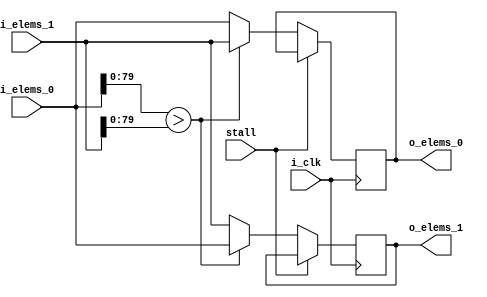
/* For 16-merger */

module CAS #(parameter DATA_WIDTH = 128,
	     parameter KEY_WIDTH  = 80) (input i_clk,
            input         stall,
            input [DATA_WIDTH-1:0]  i_elems_0,
            input [DATA_WIDTH-1:0]  i_elems_1,
            output reg [DATA_WIDTH-1:0] o_elems_0,
            output reg [DATA_WIDTH-1:0] o_elems_1);

   initial begin
      o_elems_0 <= 0;
      o_elems_1 <= 0;      
   end
   
   always @(posedge i_clk) begin
      if (~stall) begin
         if (i_elems_0[KEY_WIDTH-1:0] > i_elems_1[KEY_WIDTH-1:0]) begin
	        /* switch */
	        o_elems_1 <= i_elems_0;
            o_elems_0 <= i_elems_1;
         end
         else begin
	        /* stay */
	        o_elems_1 <= i_elems_1;      
            o_elems_0 <= i_elems_0;
         end              
      end 
   end  
endmodule
   

module BITONIC_NETWORK_32 #(parameter DATA_WIDTH = 128,
			    parameter KEY_WIDTH = 80) (input i_clk,
						       input 			      switch_output,
						       input 			      stall,
						       input [16*DATA_WIDTH-1:0]      top_tuple,
						       input [16*DATA_WIDTH-1:0]      i_elems_0,
						       input [16*DATA_WIDTH-1:0]      i_elems_1, 
						       output [16*DATA_WIDTH-1:0]     o_elems_0,
						       output [16*DATA_WIDTH-1:0]     o_elems_1,
						       output reg 		      o_switch_output,
						       output reg 		      o_stall,
						       output reg [16*DATA_WIDTH-1:0] o_top_tuple);

   
   reg 										      stall_1;
   reg 										      stall_2;
   reg 										      stall_3;
   reg 										      stall_4;   
   
   reg 										      switch_output_1;
   reg 										      switch_output_2;
   reg 										      switch_output_3;
   reg 										      switch_output_4;   
   
   wire [16*DATA_WIDTH-1:0] 							      top_tuple_1;
   reg [16*DATA_WIDTH-1:0] 							      top_tuple_2;
   reg [16*DATA_WIDTH-1:0] 							      top_tuple_3;
   reg [16*DATA_WIDTH-1:0] 							      top_tuple_4;         
   
   wire [2*16*DATA_WIDTH-1:0] 							      elems_1;
   wire [2*16*DATA_WIDTH-1:0] 							      elems_2;
   wire [2*16*DATA_WIDTH-1:0] 							      elems_3;   
   wire [2*16*DATA_WIDTH-1:0] 							      elems_4;
   
   initial begin
      stall_1 <= 1;
      switch_output_1 <= 0;

      stall_2 <= 1;
      switch_output_2 <= 0;
      top_tuple_2 <= 0;
      
      stall_3 <= 1;
      switch_output_3 <= 0;
      top_tuple_3 <= 0;

      stall_4 <= 1;
      switch_output_4 <= 0;
      top_tuple_4 <= 0;

      o_stall <= 0;      
   end

   genvar i, j;

   /* step 1 */   
   generate
      for (i=0; i<16; i=i+1) begin : GEN
         CAS #(.DATA_WIDTH(DATA_WIDTH), .KEY_WIDTH(KEY_WIDTH)) cas(.i_clk(i_clk),
                 .stall(stall), 
                 .i_elems_0(i_elems_0[(i+1)*DATA_WIDTH-1:i*DATA_WIDTH]), 
                 .i_elems_1(i_elems_1[(16-i)*DATA_WIDTH-1:(16-i-1)*DATA_WIDTH]),
                 .o_elems_0(elems_1[(i+1)*DATA_WIDTH-1:i*DATA_WIDTH]), 
                 .o_elems_1(elems_1[(32-i)*DATA_WIDTH-1:(32-i-1)*DATA_WIDTH]));         
      end
   endgenerate

   /* step 2 */   
   generate
      for (j=0; j<2; j=j+1) begin : GEN2
         for (i=0; i<8; i=i+1) begin
            CAS #(.DATA_WIDTH(DATA_WIDTH), .KEY_WIDTH(KEY_WIDTH)) cas(.i_clk(i_clk),
                    .stall(stall_1), 
                    .i_elems_0(elems_1[(16*j+i+1)*DATA_WIDTH-1:(16*j+i)*DATA_WIDTH]), 
                    .i_elems_1(elems_1[(16*j+i+1+8)*DATA_WIDTH-1:(16*j+i+8)*DATA_WIDTH]),
                    .o_elems_0(elems_2[(16*j+i+1)*DATA_WIDTH-1:(16*j+i)*DATA_WIDTH]), 
                    .o_elems_1(elems_2[(16*j+i+1+8)*DATA_WIDTH-1:(16*j+i+8)*DATA_WIDTH]));
         end
      end
   endgenerate

   /* step 3 */   
   generate
      for (j=0; j<4; j=j+1) begin : GEN3
         for (i=0; i<4; i=i+1) begin
            CAS #(.DATA_WIDTH(DATA_WIDTH), .KEY_WIDTH(KEY_WIDTH)) cas(.i_clk(i_clk),
                    .stall(stall_2),
                    .i_elems_0(elems_2[(8*j+i+1)*DATA_WIDTH-1:(8*j+i)*DATA_WIDTH]), 
                    .i_elems_1(elems_2[(8*j+i+1+4)*DATA_WIDTH-1:(8*j+i+4)*DATA_WIDTH]),
                    .o_elems_0(elems_3[(8*j+i+1)*DATA_WIDTH-1:(8*j+i)*DATA_WIDTH]), 
                    .o_elems_1(elems_3[(8*j+i+1+4)*DATA_WIDTH-1:(8*j+i+4)*DATA_WIDTH]));       
         end
      end
   endgenerate

   /* step 3 */   
   generate
      for (j=0; j<8; j=j+1) begin : GEN4
         for (i=0; i<2; i=i+1) begin
            CAS #(.DATA_WIDTH(DATA_WIDTH), .KEY_WIDTH(KEY_WIDTH)) cas(.i_clk(i_clk),
                    .stall(stall_3),
                    .i_elems_0(elems_3[(4*j+i+1)*DATA_WIDTH-1:(4*j+i)*DATA_WIDTH]), 
                    .i_elems_1(elems_3[(4*j+i+1+2)*DATA_WIDTH-1:(4*j+i+2)*DATA_WIDTH]),
                    .o_elems_0(elems_4[(4*j+i+1)*DATA_WIDTH-1:(4*j+i)*DATA_WIDTH]), 
                    .o_elems_1(elems_4[(4*j+i+1+2)*DATA_WIDTH-1:(4*j+i+2)*DATA_WIDTH]));       
         end
      end
   endgenerate   

   /* step 4 */   
   generate
      for (i=0; i<16; i=i+2) begin : GEN5
            CAS #(.DATA_WIDTH(DATA_WIDTH), .KEY_WIDTH(KEY_WIDTH)) cas1(.i_clk(i_clk),
                    .stall(stall_4),
                    .i_elems_0(elems_4[(i+1)*DATA_WIDTH-1:i*DATA_WIDTH]), 
                    .i_elems_1(elems_4[(i+2)*DATA_WIDTH-1:(i+1)*DATA_WIDTH]),
                    .o_elems_0(o_elems_0[(i+1)*DATA_WIDTH-1:i*DATA_WIDTH]), 
                    .o_elems_1(o_elems_0[(i+2)*DATA_WIDTH-1:(i+1)*DATA_WIDTH]));
            CAS #(.DATA_WIDTH(DATA_WIDTH), .KEY_WIDTH(KEY_WIDTH)) cas2(.i_clk(i_clk),
                    .stall(stall_4),
                    .i_elems_0(elems_4[16*DATA_WIDTH+(i+1)*DATA_WIDTH-1:16*DATA_WIDTH+i*DATA_WIDTH]), 
                    .i_elems_1(elems_4[16*DATA_WIDTH+(i+2)*DATA_WIDTH-1:16*DATA_WIDTH+(i+1)*DATA_WIDTH]),
                    .o_elems_0(o_elems_1[(i+1)*DATA_WIDTH-1:i*DATA_WIDTH]), 
                    .o_elems_1(o_elems_1[(i+2)*DATA_WIDTH-1:(i+1)*DATA_WIDTH]));                
      end
   endgenerate         
   
   /* step 1 */
   assign top_tuple_1 = top_tuple;   
   always @(posedge i_clk) begin
      stall_1 <= stall;
      
      if (~stall) begin
	     switch_output_1 <= switch_output;
      end // if (~stall)      
   end
   
   /* step 2 */
   always @(posedge i_clk) begin
      stall_2 <= stall_1;
      if (~stall_1) begin
	     switch_output_2 <= switch_output_1;
	     top_tuple_2 <= top_tuple_1;                  
      end
   end // always @ (posedge i_clk)

   /* step 3 */
   always @(posedge i_clk) begin
      stall_3 <= stall_2;
      if (~stall_2) begin
	     switch_output_3 <= switch_output_2;
	     top_tuple_3 <= top_tuple_2;
      end
   end

   /* step 4 */
   always @(posedge i_clk) begin
      stall_4 <= stall_3;
      if (~stall_3) begin
	     switch_output_4 <= switch_output_3;
	     top_tuple_4 <= top_tuple_3;
      end
   end   

   /* step 5 */
   always @(posedge i_clk) begin
      o_stall <= stall_4;
      if (~stall_4) begin
	     o_switch_output <= switch_output_4;
	     o_top_tuple <= top_tuple_4;
      end
   end    
endmodule // BITONIC_NETWORK_DATA_WIDTH